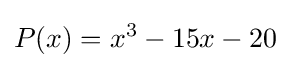
P(x)=x^{3}-15x-20